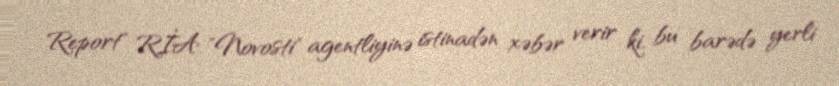
Report" RİA "Novosti" agentliyinə istinadən xəbər verir ki, bu barədə yerli